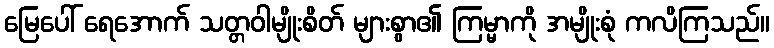
မြေပေါ် ရေအောက် သတ္တဝါမျိုးစိတ် များစွာ၏ ကြမ္မာကို အမျိုးစုံ ကလိကြသည်။